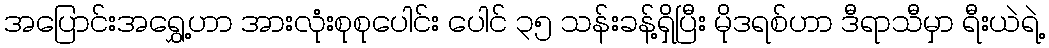
အပြောင်းအရွှေ့ဟာ အားလုံးစုစုပေါင်း ပေါင် ၃၅ သန်းခန့်ရှိပြီး မိုဒရစ်ဟာ ဒီရာသီမှာ ရီးယဲရဲ့